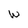
Character: w